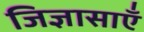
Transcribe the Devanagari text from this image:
जिज्ञासाएँ